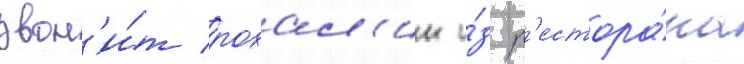
звон'и́т розал'ин и́з р'естора́на